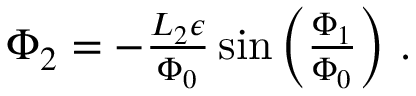
\begin{array} { r } { \Phi _ { 2 } = - \frac { L _ { 2 } \epsilon } { \Phi _ { 0 } } \sin \left( \frac { \Phi _ { 1 } } { \Phi _ { 0 } } \right) \, . } \end{array}